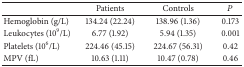
<table><thead><tr><td><b> </b></td><td><b>Patients</b></td><td><b>Controls</b></td><td><b><i>P</i></b></td></tr></thead><tbody><tr><td>Hemoglobin (g/L)</td><td>134.24 (22.24)</td><td>138.96 (1.36)</td><td>0.173</td></tr><tr><td>Leukocytes (10<sup>9</sup>/L)</td><td>6.77 (1.92)</td><td>5.94 (1.35)</td><td>0.001</td></tr><tr><td>Platelets (10<sup>6</sup>/L)</td><td>224.46 (45.15)</td><td>224.67 (56.31)</td><td>0.42</td></tr><tr><td>MPV (fL)</td><td>10.63 (1.11)</td><td>10.47 (0.78)</td><td>0.46</td></tr></tbody></table>